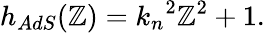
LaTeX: h_{AdS}(\mathbb{Z})={k_{n}}^{2}\mathbb{Z}^{2}+1.